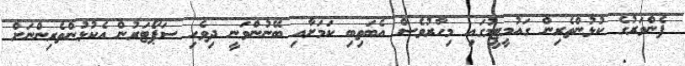
ފެންވަރުގެ ކުޅުންތެރިން ގައުމީޓީމުގައި މިހާރުވެސް އެބަތިބި ކަމަށާއި ބޭނުންވަނީ ދިވެހި ސަޕޯޓަރުން އެކުޅުންތެރިންނަށް